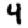
Digit: 4